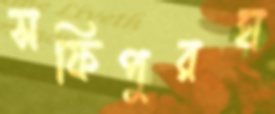
সফিপুরঘ